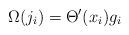
LaTeX: \begin{align*}\Omega(j_{i})=\Theta^{\prime}(x_{i})g_{i} \end{align*}